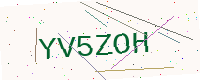
Text: YV5ZOH